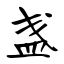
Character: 盏